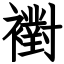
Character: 襨